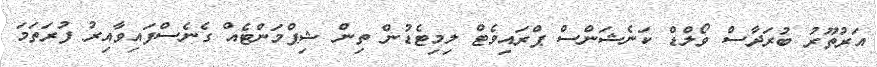
އަރުތޫރު ބުރަދާސް ވޯލްޑް ކަނެޝަންސް ޕްރައިވެޓް ލިމިޓެޑުން ތިން ޝިޕްމަންޓެއް ގެނެސްފައިވާއިރު ފުރަތަމަ